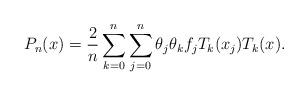
LaTeX: \begin{align*}P_n(x) = \frac{2}{n} \sum\limits_{k = 0}^n {\sum\limits_{j = 0}^n {\theta _j \theta _k f_j T_k (x_j ) T_k (x)} }.\end{align*}